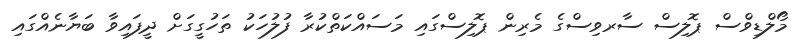
މޯލްޑިވްސް ޕޮލިސް ސާރވިސްގެ މެރިން ޕޮލިސްގައި މަސައްކަތްކުރާ ފުލުހަކު ތަހުގީގަށް ދީފައިވާ ބަޔާނެއްގައި